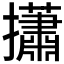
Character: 𢸳